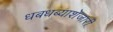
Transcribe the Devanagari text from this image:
धबधब्याशेजारी